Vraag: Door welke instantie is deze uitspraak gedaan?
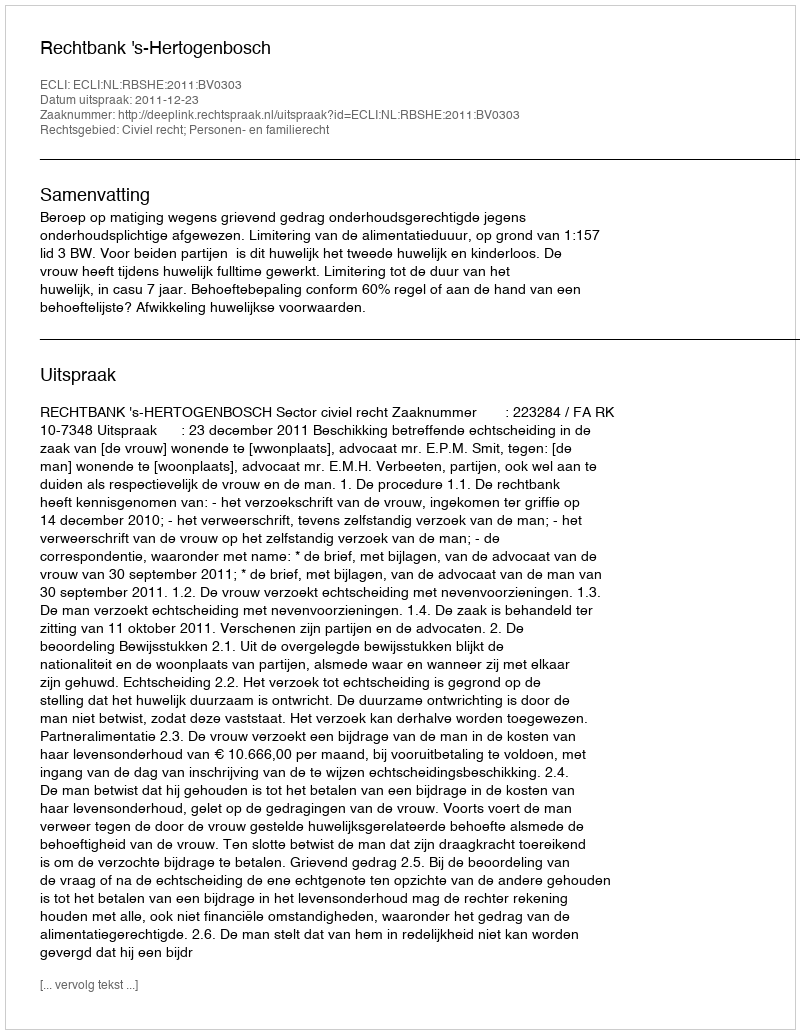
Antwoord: Rechtbank 's-Hertogenbosch